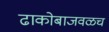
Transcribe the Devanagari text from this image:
ढाकोबाजवळच